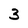
Character: 3